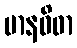
မာနဝိဓာ